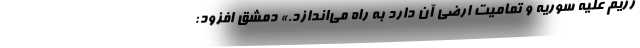
رژیم علیه سوریه و تمامیت ارضی آن دارد به راه می‌اندازد.» دمشق افزود: